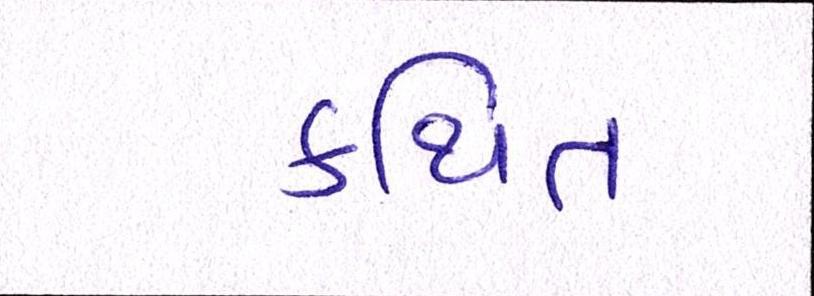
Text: કથિત